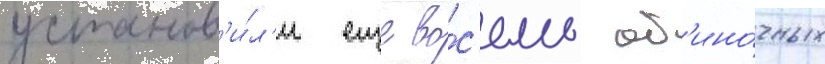
установ'и́л'и еще во́с'емь од'ино́чных